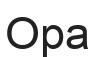
Ора